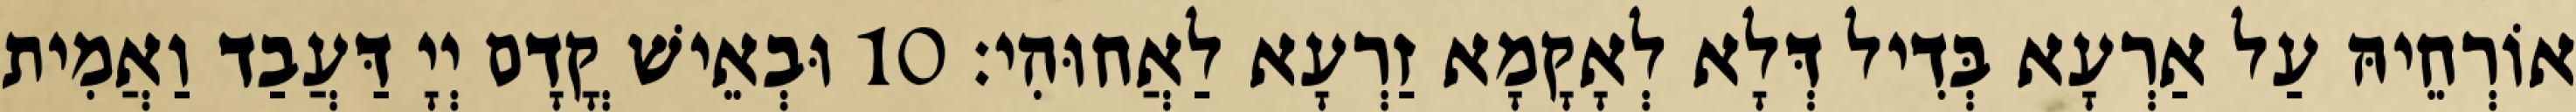
אוֹרְחֵיהּ עַל אַרְעָא בְּדִיל דְּלָא לְאָקָמָא זַרְעָא לַאֲחוּהִי׃ 10 וּבְאֵישׁ קֳדָם יְיָ דַּעֲבַד וַאֲמִית